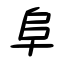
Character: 阜